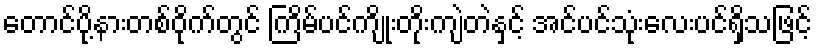
တောင်ပို့နားတစ်ဝိုက်တွင် ကြိမ်ပင်ကျိုးတိုးကျဲတဲနှင့် အင်ပင်သုံးလေးပင်ရှိသဖြင့်